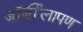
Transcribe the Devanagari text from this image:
जॉर्जीलापण